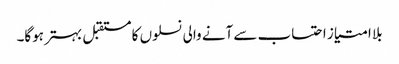
بلا امتیاز احتساب سے آنے والی نسلوں کا مستقبل بہتر ہوگا۔